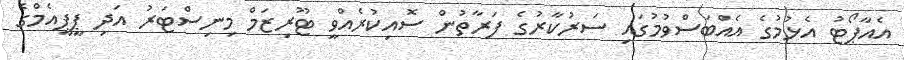
އެއާޕޯޓު އެޅުމުގެ އެއްބަސްވުމުގައި ސަރުކާރުގެ ފަރާތުން ސޮއިކުރެއްވީ ޓޫރިޒަމް މިނިސްޓަރު އަދި ޕީޕީއެމްގެ